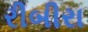
રીબીરા